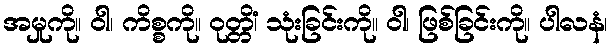
အမှုကို။ ဝါ၊ ကိစ္စကို။ ဝုတ္တိံ၊ သုံးခြင်းကို။ ဝါ၊ ဖြစ်ခြင်းကို။ ပါလနံ၊